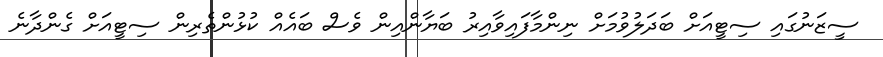
ސީޒަނުގައި ސިޓީއަށް ބަދަލުވުމަށް ނިންމާފައިވާއިރު ބަޔާންއިން ވެސް ބައެއް ކުޅުންތެރިން ސިޓީއަށް ގެންދާނެ